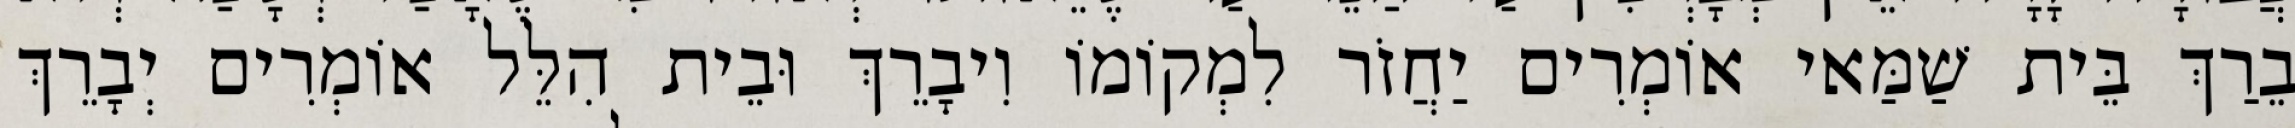
בֵרַךְ בֵּית שַׁמַּאי אוֹמְרִים יַחֲזֹר לִמְקוֹמוֹ וִיבָרֵךְ וּבֵית הִלֵּל אוֹמְרִים יְבָרֵךְ